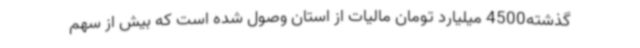
گذشته4500 میلیارد تومان مالیات از استان وصول شده است که بیش از سهم